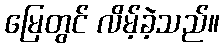
မြေတွင် လိမ့်ခဲ့သည်။